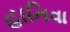
હાનિવા